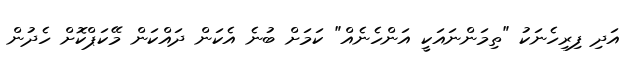
އަދި ފިރިހެނަކު "ތިމަންނައަކީ އަންހެނެއް" ކަމަށް ބުނެ އެކަން ދައްކަން މޭކަޕްކޮށް ހެދުން